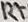
Text: R7